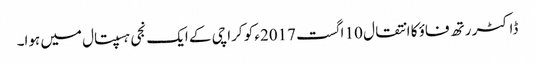
ڈاکٹر رتھ فاؤ کا انتقال 10 اگست 2017ء کو کراچی کے ایک نجی ہسپتال میں ہوا۔